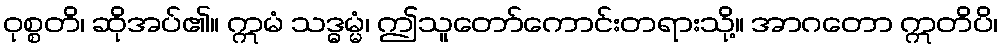
ဝုစ္စတိ၊ ဆိုအပ်၏။ ဣမံ သဒ္ဓမ္မံ၊ ဤသူတော်ကောင်းတရားသို့။ အာဂတော ဣတိပိ၊